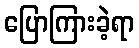
ပြောကြားခဲ့ရာ